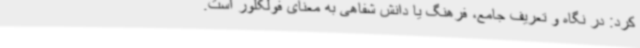
کرد: در نگاه و تعریف جامع، فرهنگ یا دانش شفاهی به معنای فولکلور است.